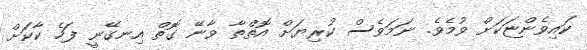
ކައިވެންޏަކަށް ވުމެވެ. ނަމަވެސް ކުރިޔަށް އޮތްތާ ވާނޭ ގޮތް އިނގޭނީ ފަހެ ކާކަށް